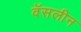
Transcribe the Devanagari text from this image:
वॅसलीन